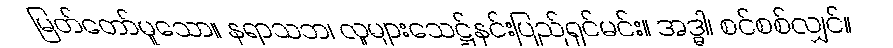
မြတ်တော်မူသော။ နရာသဘ၊ လူများသေဋ္ဌ်နင်းပြည်ရှင်မင်း။ အဒ္ဓါ၊ စင်စစ်လျှင်။